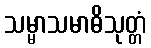
သမ္မာသမာဓိသုတ္တံ